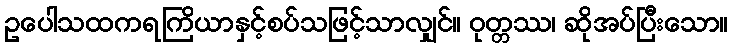
ဥပေါသထကရကြိယာနှင့်စပ်သဖြင့်သာလျှင်။ ဝုတ္တဿ၊ ဆိုအပ်ပြီးသော။